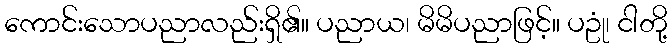
ကောင်းသောပညာလည်းရှိ၏။ ပညာယ၊ မိမိပညာဖြင့်။ ပဥုံ၊ ငါတို့